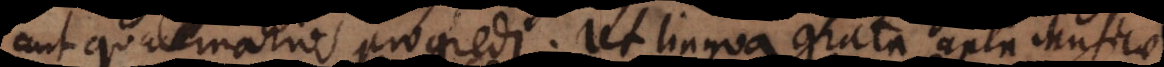
aut quaternarios progredi. Ut lingua grata apta Musicae